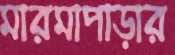
মারমাপাড়ার